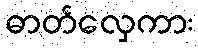
ဓာတ်လှေကား